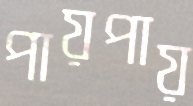
পায়পায়